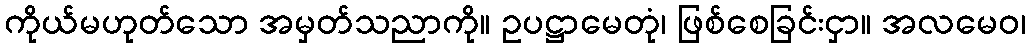
ကိုယ်မဟုတ်သော အမှတ်သညာကို။ ဥပဋ္ဌာမေတုံ၊ ဖြစ်စေခြင်းငှာ။ အလမေဝ၊